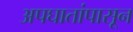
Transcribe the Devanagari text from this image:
अपघातांपासून